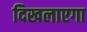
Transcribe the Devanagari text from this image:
दिखलाएगा